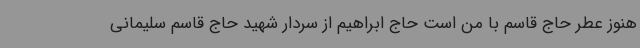
هنوز عطر حاج قاسم با من است حاج ابراهیم از سردار شهید حاج قاسم سلیمانی